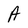
Character: A